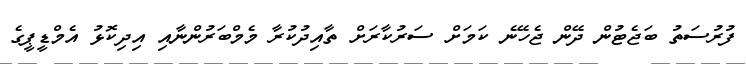
ފުރުސަތު ބަޖެޓުން ދޭން ޖެހޭނެ ކަމަށް ސަރުކާރަށް ތާއިދުކުރާ މެމްބަރުންނާއި އިދިކޮޅު އެމްޑީޕީގެ